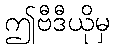
ဤဗီဒီယိုမှ